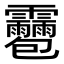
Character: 𩇌